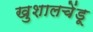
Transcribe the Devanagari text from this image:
खुशालचेंडू